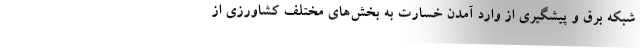
شبکه برق‌ و پیشگیری از وارد آمدن خسارت به بخش‌های مختلف کشاورزی از